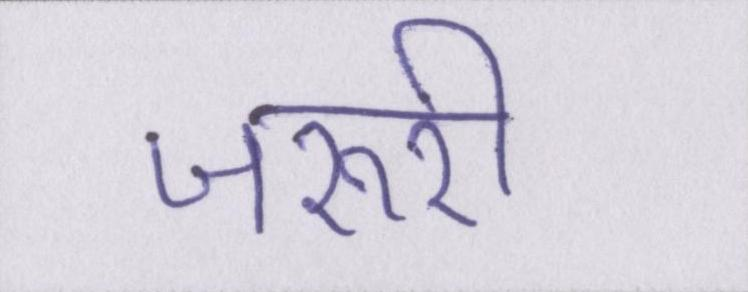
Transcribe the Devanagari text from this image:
जरूरी